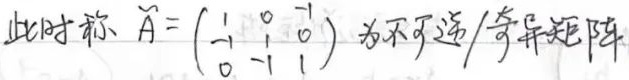
此时称 $\widetilde{A} = \begin{pmatrix} 1 & 0 & -1 \\ -1 & 1 & 0 \\ 0 & -1 & 1 \end{pmatrix}$ 为不可逆/奇异矩阵。